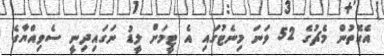
އެގޮތުން މެޗުގެ 52 ވަނަ މިނެޓުގައި އެ ޓީމަށް ލީޑު ނަގައިދިނީ ސެވިއްޔާގެ